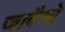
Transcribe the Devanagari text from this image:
जावैगो